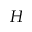
H